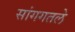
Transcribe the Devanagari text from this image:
सांगगतले